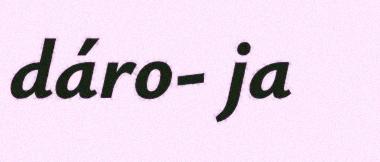
dáro- ja